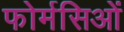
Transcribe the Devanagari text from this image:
फोर्मसिओं